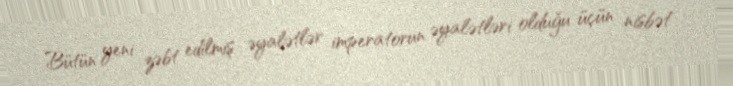
Bütün yeni zəbt edilmiş əyalətlər imperatorun əyalətləri olduğu üçün nisbət